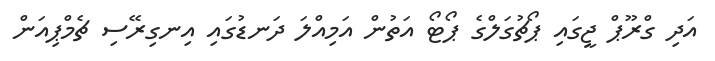
އަދި ގްރޫޕް ޖީގައި ޕޯޗުގަލްގެ ޕޯޓޯ އަތުން އަމިއްލަ ދަނޑުގައި އިނގިރޭސި ޗެމްޕިއަން